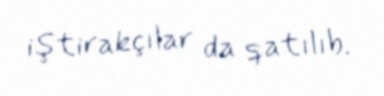
iştirakçılar da qatılıb.